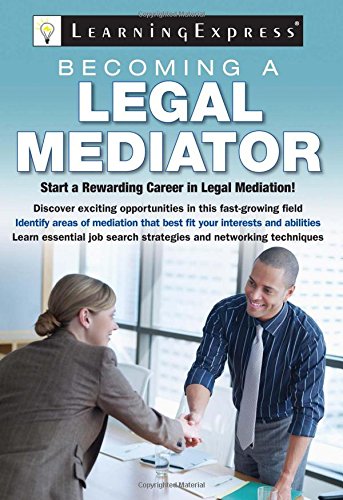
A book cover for Becoming a Legal Mediator; LearningExpress LLC Editors; Law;